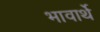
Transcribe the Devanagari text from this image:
भावार्थे